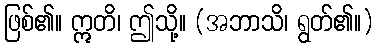
ဖြစ်၏။ ဣတိ၊ ဤသို့။ (အဘာသိ၊ ရွတ်၏။)